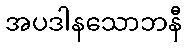
အပဒါနသောဘနီ